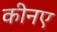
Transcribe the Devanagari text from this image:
कीनए